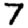
Digit: 7